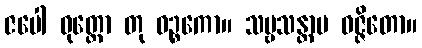
ဇပေါ ဓုတ္တော တု ဝဉ္စကော။ သဗ္ဗသန္တာပ ဝဇ္ဇိတော။